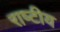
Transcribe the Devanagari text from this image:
राष्‍टीय